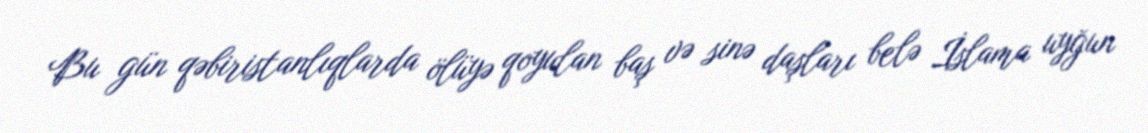
Bu gün qəbiristanlıqlarda ölüyə qoyulan baş və sinə daşları belə İslama uyğun